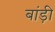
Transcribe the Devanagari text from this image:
बांड़ी